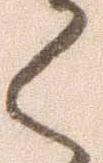
く